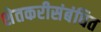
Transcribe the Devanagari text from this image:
शेतकरीसंबंधित